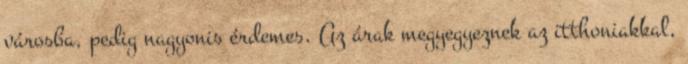
városba, pedig nagyonis érdemes. Az árak megyegyeznek az itthoniakkal,